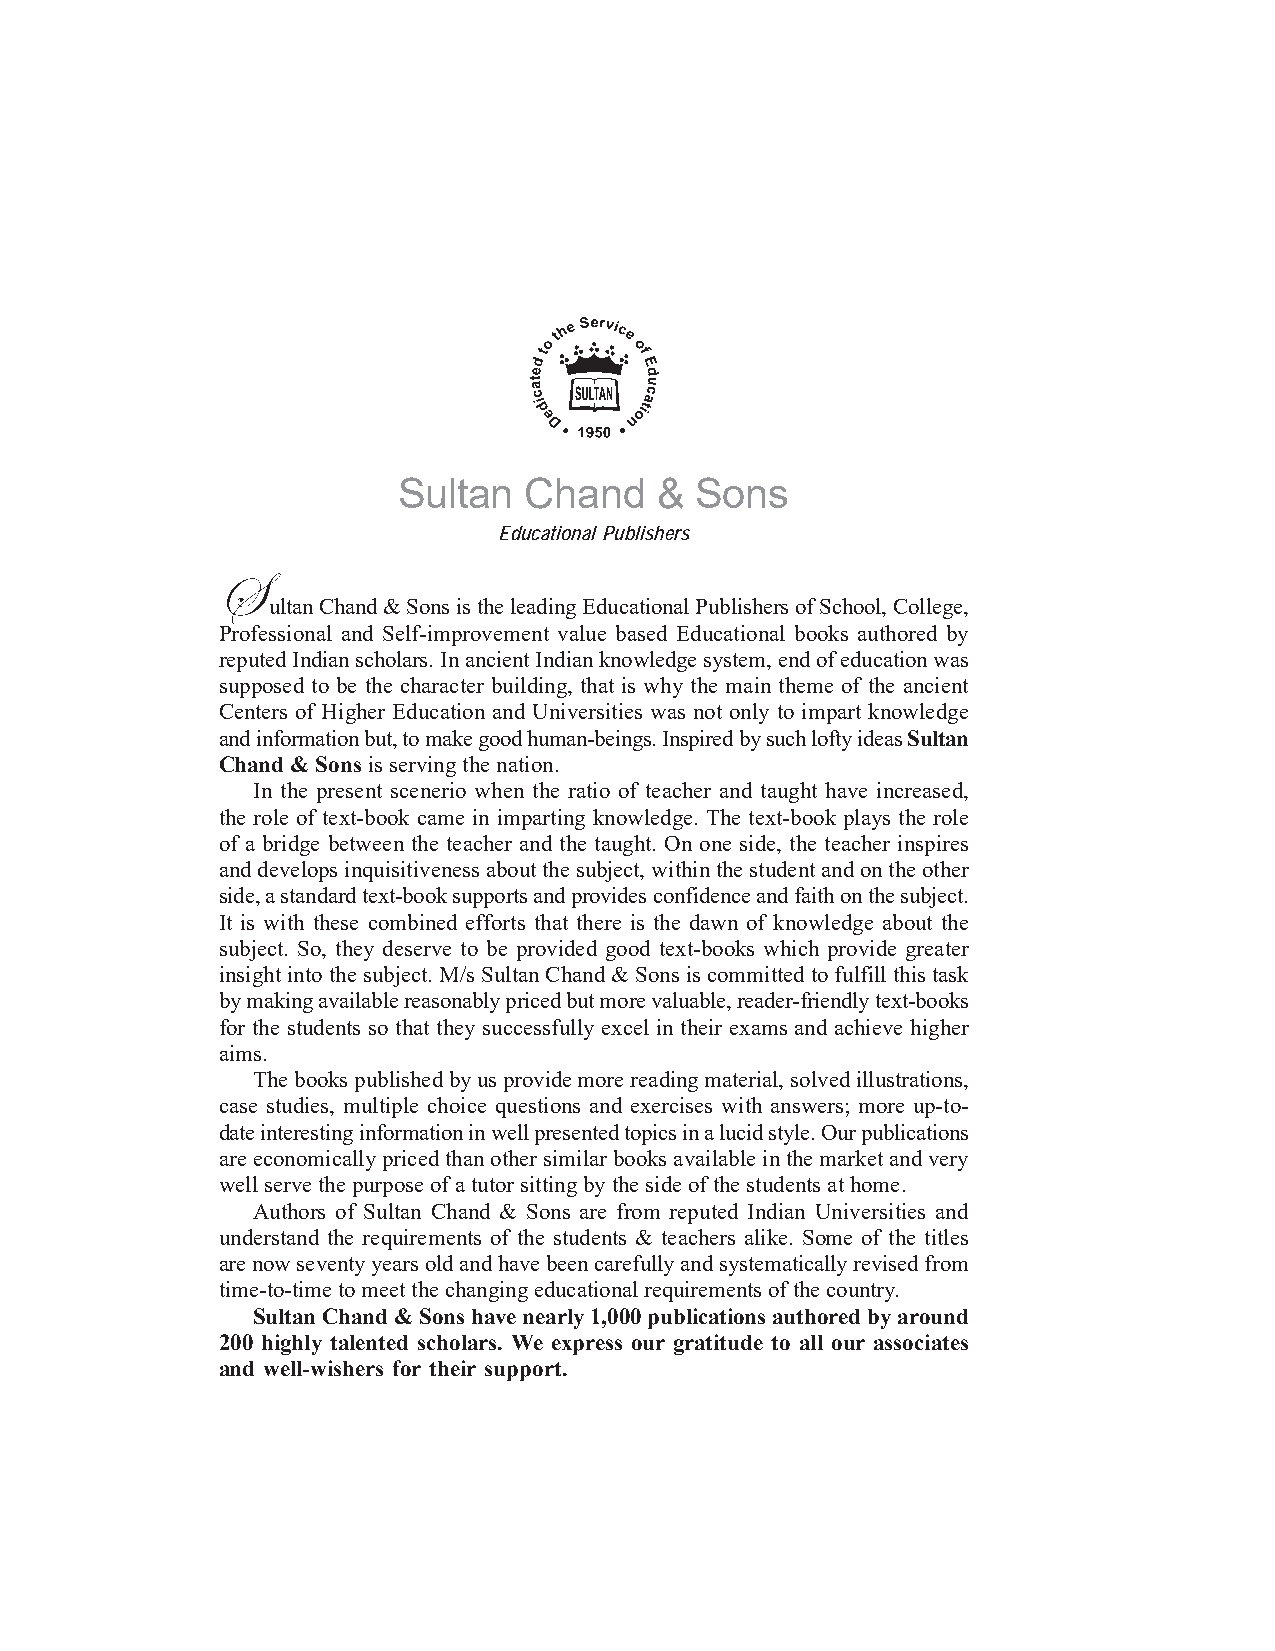
Sultan   Chand   &  Sons
 Educational Publishers
 S
 ultan Chand & Sons is the leading Educational Publishers of School, College,
 Professional and Self-improvement value based Educational books authored by
 reputed Indian scholars. In ancient Indian knowledge system, end of education was
 supposed to be the character building, that is why the main theme of the ancient
 Centers of Higher Education and Universities was not only to impart knowledge
 and information but, to make good human-beings. Inspired by such lofty ideas Sultan
 Chand & Sons is serving the nation.
 In the present scenerio when the ratio of teacher and taught have increased,
 the role of text-book came in imparting knowledge. The text-book plays the role
 of a bridge between the teacher and the taught. On one side, the teacher inspires
 and develops inquisitiveness about the subject, within the student and on the other
 side, a standard text-book supports and provides confidence and faith on the subject.
 It is with these combined efforts that there is the dawn of knowledge about the
 subject. So, they deserve to be provided good text-books which provide greater
 insight into the subject. M/s Sultan Chand & Sons is committed to fulfill this task
 by making available reasonably priced but more valuable, reader-friendly text-books
 for the students so that they successfully excel in their exams and achieve higher
 aims.
 The books published by us provide more reading material, solved illustrations,
 case studies, multiple choice questions and exercises with answers; more up-to-
 date interesting information in well presented topics in a lucid style. Our publications
 are economically priced than other similar books available in the market and very
 well serve the purpose of a tutor sitting by the side of the students at home.
 Authors of Sultan Chand & Sons are from reputed Indian Universities and
 understand the requirements of the students & teachers alike. Some of the titles
 are now seventy years old and have been carefully and systematically revised from
 time-to-time to meet the changing educational requirements of the country.
 Sultan Chand & Sons have nearly 1,000 publications authored by around
 200 highly talented scholars. We express our gratitude to all our associates
 and well-wishers for their support.